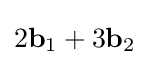
2\mathbf {b} _{1}+3\mathbf {b} _{2}